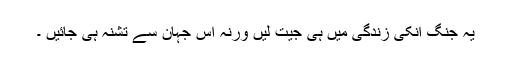
یہ جنگ انکی زندگی میں ہی جیت لیں ورنہ اس جہان سے تشنہ ہی جائیں ۔